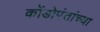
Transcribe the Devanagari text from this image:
कोंडोपंतांच्या